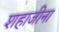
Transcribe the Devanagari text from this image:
शहाजीना